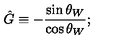
\hat { G } \equiv - \frac { \sin \theta _ { W } } { \cos \theta _ { W } } ;